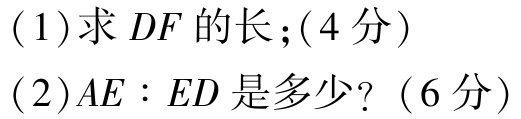
(1)求 \(DF\) 的长；(4 分)

(2)\(AE:ED\) 是多少？(6 分)